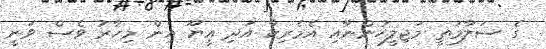
ގެ ސަލާމަތީ މަޖިލީހުންނާއި އެމެރިކާ އަދި އީޔޫ އިން މިހާރު ވެސް ވަނީ